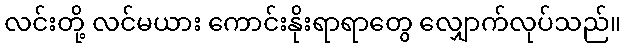
လင်းတို့ လင်မယား ကောင်းနိုးရာရာတွေ လျှောက်လုပ်သည်။